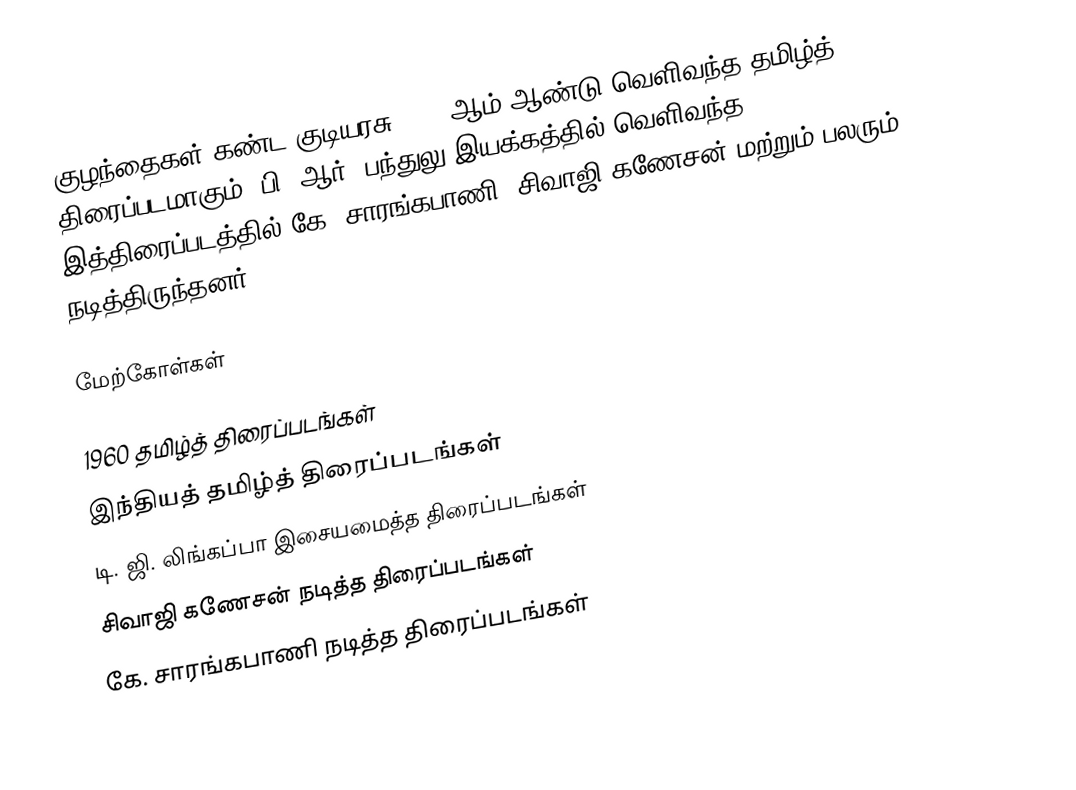
குழந்தைகள் கண்ட குடியரசு 1960 ஆம் ஆண்டு வெளிவந்த தமிழ்த் திரைப்படமாகும். பி. ஆர். பந்துலு இயக்கத்தில் வெளிவந்த இத்திரைப்படத்தில் கே. சாரங்கபாணி, சிவாஜி கணேசன் மற்றும் பலரும் நடித்திருந்தனர்.

மேற்கோள்கள்

1960 தமிழ்த் திரைப்படங்கள்
இந்தியத் தமிழ்த் திரைப்படங்கள்
டி. ஜி. லிங்கப்பா இசையமைத்த திரைப்படங்கள்
சிவாஜி கணேசன் நடித்த திரைப்படங்கள்
கே. சாரங்கபாணி நடித்த திரைப்படங்கள்